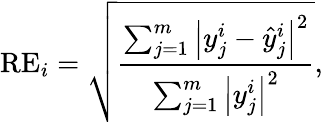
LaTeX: \mathrm{{RE}}_{i}=\sqrt{\frac{\sum_{j=1}^{m}\left|y_{j}^{i}-\hat{y}_{j}^{i}\right|^{2}}{\sum_{j=1}^{m}\left|y_{j}^{i}\right|^{2}}},